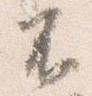
不